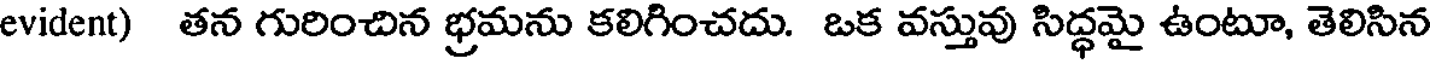
evident) తన గురించిన భ్రమను కలిగించదు. ఒక వస్తువు సిద్ధమై ఉంటూ, తెలిసిన